Lunatic asylums Central Provinces reports 1874-1885 - 1874-1885
Year: 1874
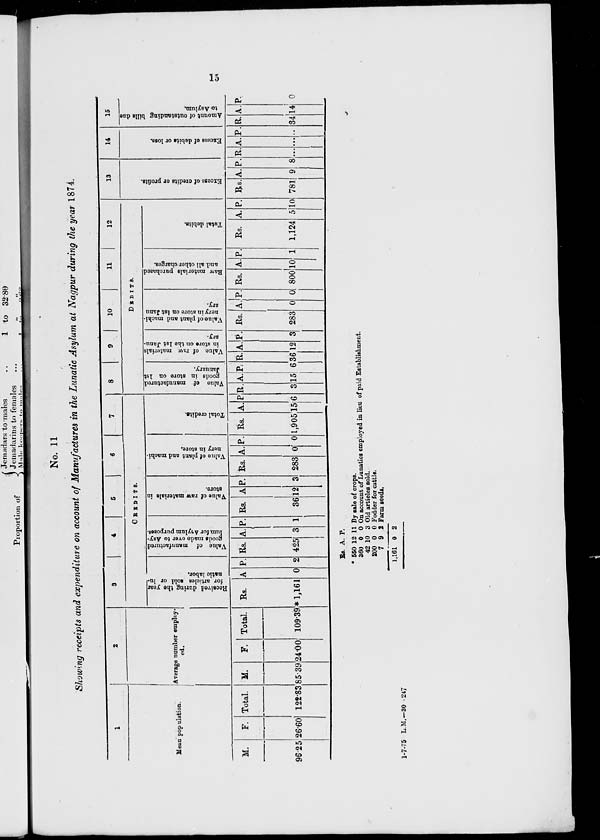
15
No. 11
Showing receipts and expenditure on account of Manufactures in the Lunatic Asylum at Nagpur during the year 1874.
1
Mean population.
M.
96.25
F.
26.60
Total.
122.83
2
Average number employ-
ed.
M.
85.39
F.
24.00
Total.
109.39
3
4
5
6
7
CREDITS.
Received during the year
for articles sold or lu-
natic labor.
Rs.
*1,161
A
0
P.
2
Value of manufactured
goods made over to Asy-
lum for Asylum purposes.
Rs.
425
A.
3
P.
1
Value of raw materials in
store.
Rs.
36
A.
12
P.
3
Value of plant and machi-
nery in store.
Rs.
283
A.
0
P.
0
Total credits.
Rs.
1,905
A.
15
P.
6
8
9
10
11
12
DEBITS.
Value of manufactured
goods in store on 1st
January.
R.
3
A.
15
P.
6
Value of raw materials
in store on the 1st Janu-
ary.
R.
36
A.
12
P.
3
Value of plant and machi-
nery in store on 1st Janu-
ary.
Rs.
283
A.
0
P.
0
Raw materials purchased
and all other charges.
Rs.
800
A.
10
P.
1
Total debits.
Rs.
1,124
A.
5
P.
10
13
Excess of credits or profits.
Rs.
781
A.
9
P.
8
14
Excess of debits or loss.
R.
...
A.
...
P.
...
15
Amount of outstanding bills due
to Asylum.
R.
34
A.
14
P.
0
Rs.
* 550
360
42
200
7
1,161
A. P.
12 11
0
10
0
9
0
0
3
0
2
2
By sale of crops.
On account of Lunatics employed in lieu of paid Establishment.
Old articles sold.
Fodder for cattle.
Farm seeds.
1-7-75 L.M.—30 -247